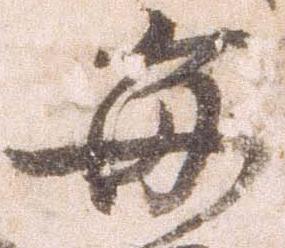
毎